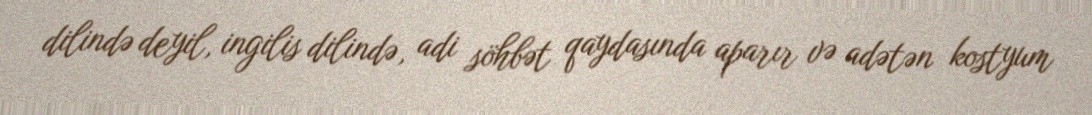
dilində deyil, ingilis dilində, adi söhbət qaydasında aparır və adətən kostyum